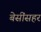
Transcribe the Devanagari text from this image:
बेसींसहर